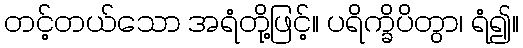
တင့်တယ်သော အရံတို့ဖြင့်။ ပရိက္ခိပိတွာ၊ ရံ၍။